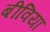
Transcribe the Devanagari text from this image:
बीवियां